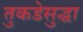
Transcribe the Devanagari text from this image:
तुकडेसुद्धा